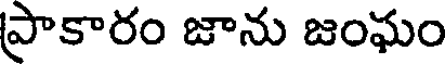
ప్రాకారం జాను జంఘం